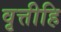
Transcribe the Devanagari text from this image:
वृत्तीहि